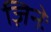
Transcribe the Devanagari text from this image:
ज़िनेः